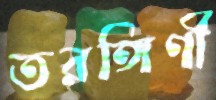
তরঙ্গিণী